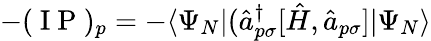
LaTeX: -(\mathrm{~I~P~})_{p}=-\langle\Psi_{N}|(\hat{a}_{p\sigma}^{\dagger}[\hat{H},\hat{a}_{p\sigma}]|\Psi_{N}\rangle